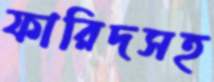
ফারিদসহ